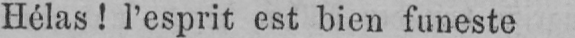
Hélas! l’esprit est bien funeste